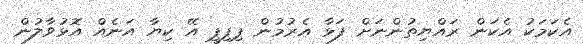
އެކަމަކު އެކަން ރައްޔިތުންނަށް ފަޅާ އެރުމުން ޕިޕިޕީ އޭ ކިޔާ އަނެއް އޮޅުވާލުން